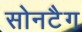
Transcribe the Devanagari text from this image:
सोनटैग